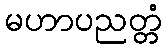
မဟာပညတ္တံ